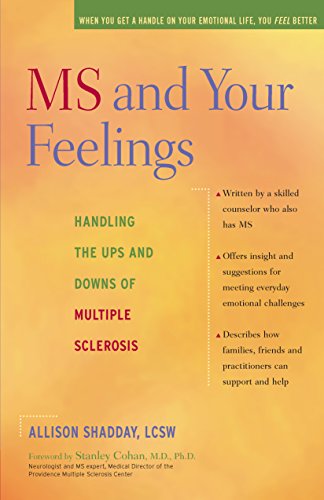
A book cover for MS and Your Feelings: Handling the Ups and Downs of Multiple Sclerosis; Allison Shadday LCSW; Health, Fitness & Dieting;